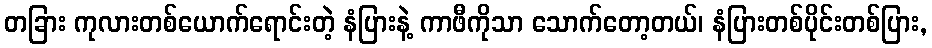
တခြား ကုလားတစ်ယောက်ရောင်းတဲ့ နံပြားနဲ့ ကာဖီကိုသာ သောက်တော့တယ်၊ နံပြားတစ်ပိုင်းတစ်ပြား,